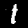
Digit: 1